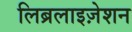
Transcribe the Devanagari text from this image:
लिब्रलाइज़ेशन